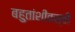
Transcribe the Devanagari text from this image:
बहुतांशीवस्ती